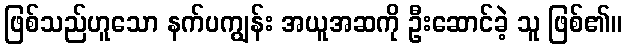
ဖြစ်သည်ဟူသော နက်ပကျွန်း အယူအဆကို ဦးဆောင်ခဲ့ သူ ဖြစ်၏။